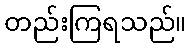
တည်းကြရသည်။